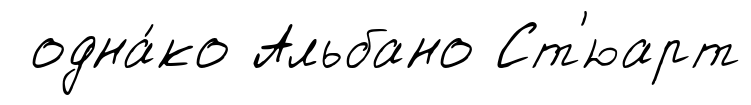
одна́ко Альбано Ст'юарт